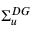
\Sigma _ { u } ^ { D G }